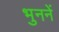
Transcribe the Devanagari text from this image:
भुननें